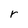
Character: r